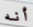
أنه